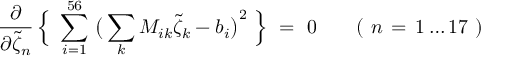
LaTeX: \frac { \partial } { \partial \tilde { \zeta } _ { n } } \, \Big \{ \ \sum _ { i = 1 } ^ { 5 6 } \, \big ( \sum _ { k } M _ { i k } \tilde { \zeta } _ { k } - b _ { i } \big ) ^ { 2 } \ \Big \} \ = \ 0 \qquad ( \ n \, = \, 1 \ldots 1 7 \ )